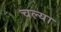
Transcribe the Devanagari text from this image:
चल्या